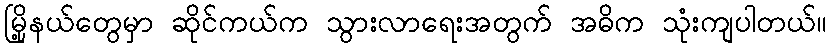
မြို့နယ်တွေမှာ ဆိုင်ကယ်က သွားလာရေးအတွက် အဓိက သုံးကျပါတယ်။